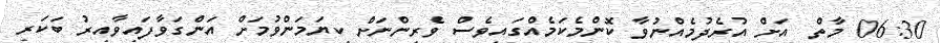
06:30 މާތް  އަށް އުރެދުމެއްނުވާ ކޮންމެކަމެއްގައިވެސް ވެރިންނަށް ކިޔަމަންވުމަށް އަންގަވާފައިވާއިރު ބަކަރި